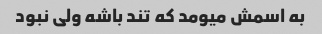
به اسمش میومد که تند باشه ولی نبود